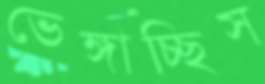
ভেঙ্গাচ্ছিস